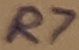
Text: R7